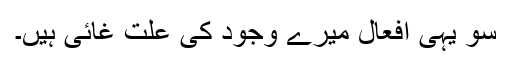
سو یہی افعال میرے وجود کی علّتِ غائی ہیں۔